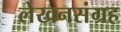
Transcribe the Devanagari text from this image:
लेखनसंग्रह